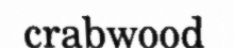
crabwood